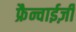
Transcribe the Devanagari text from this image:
फ्रैन्चाईज़ी